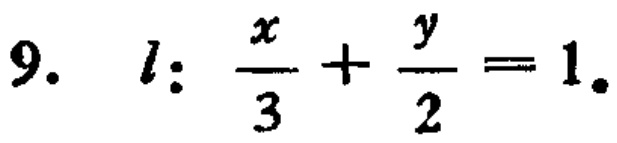
9. \(l:\frac{x}{3}+\frac{y}{2}=1\)